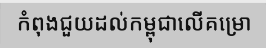
កំពុងជួយដល់កម្ពុជាលើគម្រោ